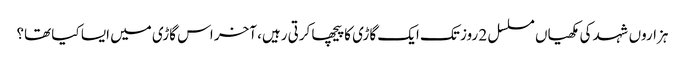
ہزاروں شہد کی مکھیاں مسلسل 2 روز تک ایک گاڑی کا پیچھا کرتی رہیں، آخر اس گاڑی میں ایسا کیا تھا؟